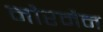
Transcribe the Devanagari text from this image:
नौरमैन